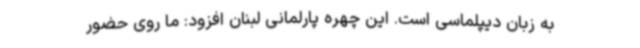
به زبان دیپلماسی است. این چهره پارلمانی لبنان افزود: ما روی حضور